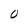
Character: 0